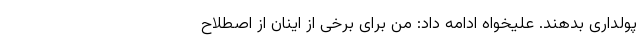
پولداری بدهند. علیخواه ادامه داد: من برای برخی از اینان از اصطلاح